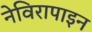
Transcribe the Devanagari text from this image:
नेविरापाइन